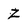
Character: Z